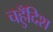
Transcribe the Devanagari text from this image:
चहुँदिश